38_143685_box_Incident_Summaries_173-233
Agency: Department of War
Page 134
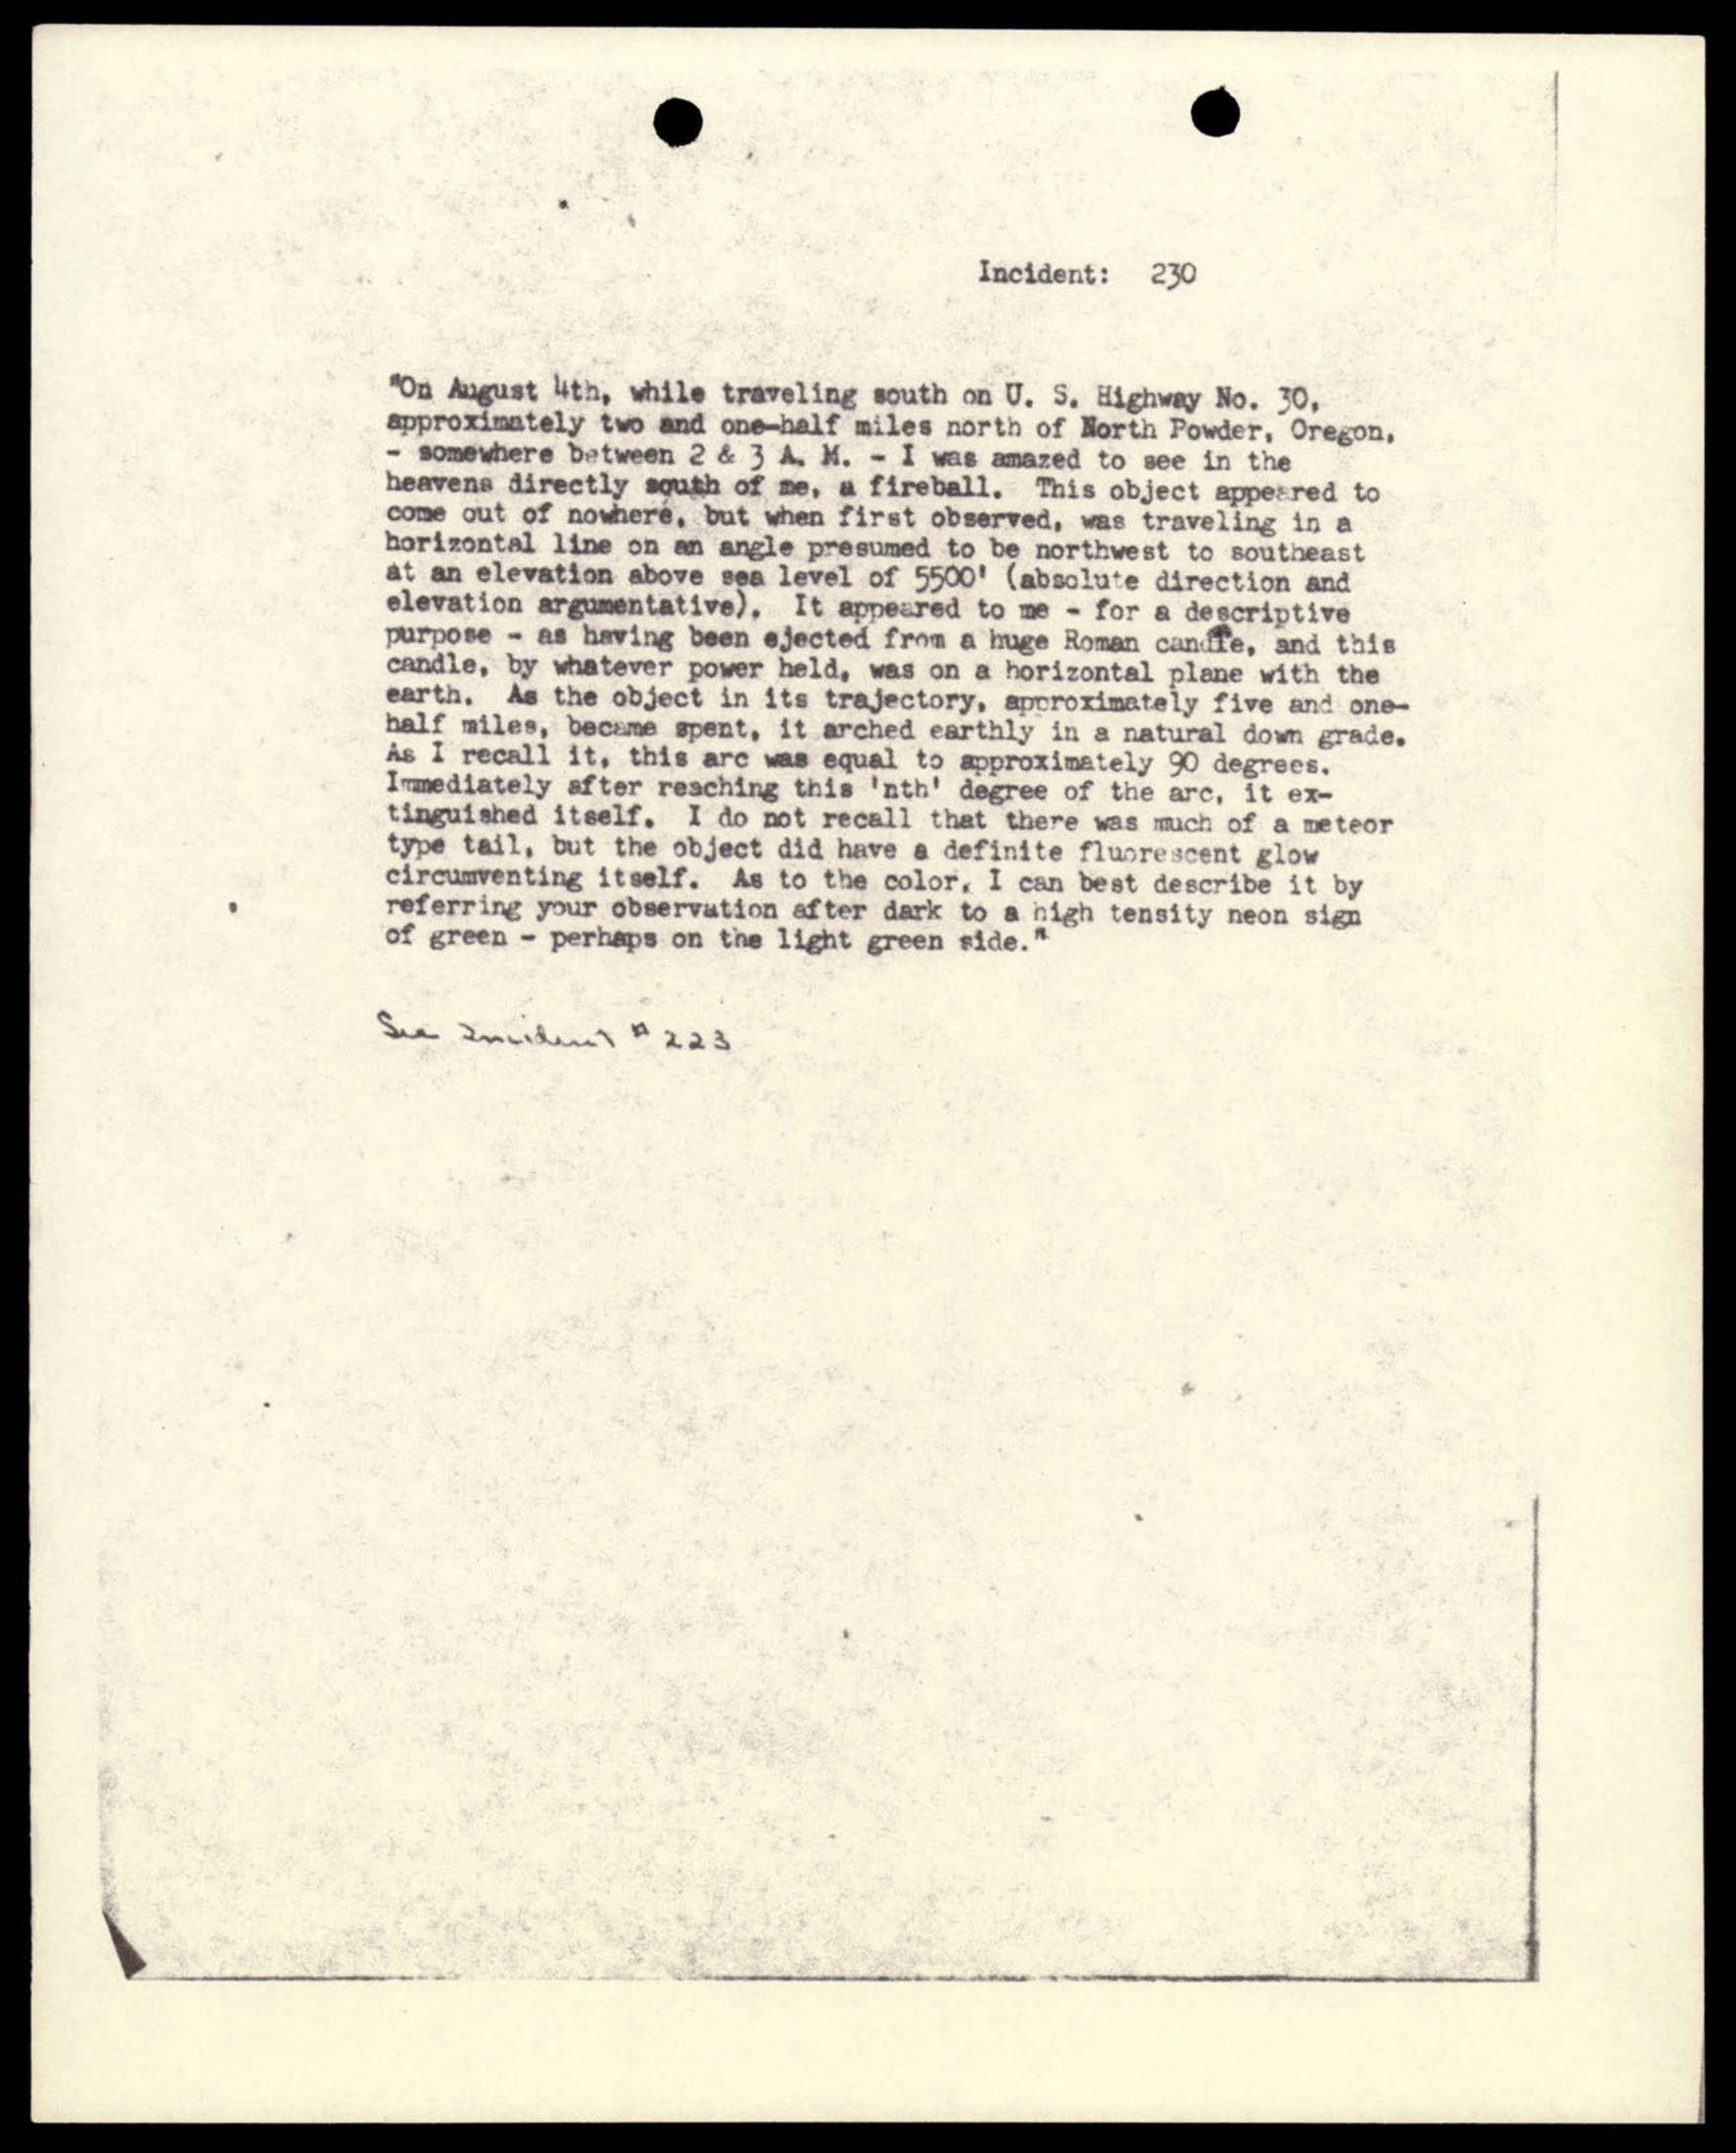